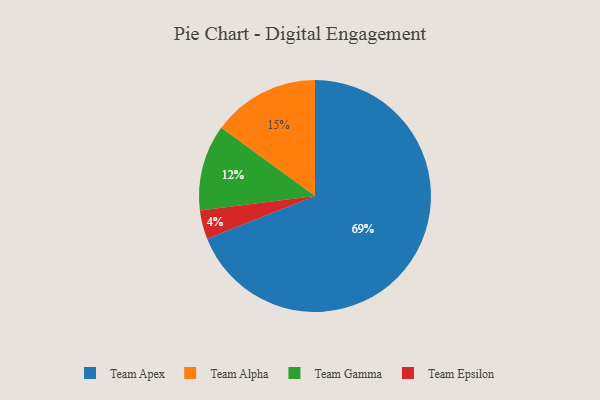
{"axis": {"x": "Category", "y": "Percentage"}, "legend": ["Team Alpha", "Team Apex", "Team Epsilon", "Team Gamma"], "data": [{"x": "Team Epsilon", "y": 4, "type": "Team Epsilon"}, {"x": "Team Apex", "y": 69, "type": "Team Apex"}, {"x": "Team Alpha", "y": 15, "type": "Team Alpha"}, {"x": "Team Gamma", "y": 12, "type": "Team Gamma"}]}